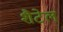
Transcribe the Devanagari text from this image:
शैटेल